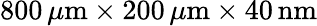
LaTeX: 800\, \mu\mathrm{m}\times 200\, \mu\mathrm{m}\times 40\, \mathrm{nm}